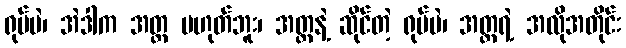
ရုပ်ပဲ၊ အဲဒါက အတ္တ မဟုတ်ဘူး၊ အတ္တနဲ့ ဆိုင်တဲ့ ရုပ်ပဲ၊ အတ္တရဲ့ အလိုအတိုင်း